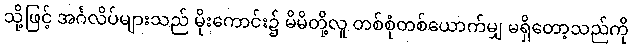
သို့ဖြင့် အင်္ဂလိပ်များသည် မိုးကောင်း၌ မိမိတို့လူ တစ်စုံတစ်ယောက်မျှ မရှိတော့သည်ကို